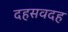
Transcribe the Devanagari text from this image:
दहसवदह